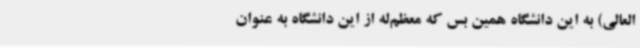
العالی) به این دانشگاه همین بس که معظم‌له از این دانشگاه به عنوان